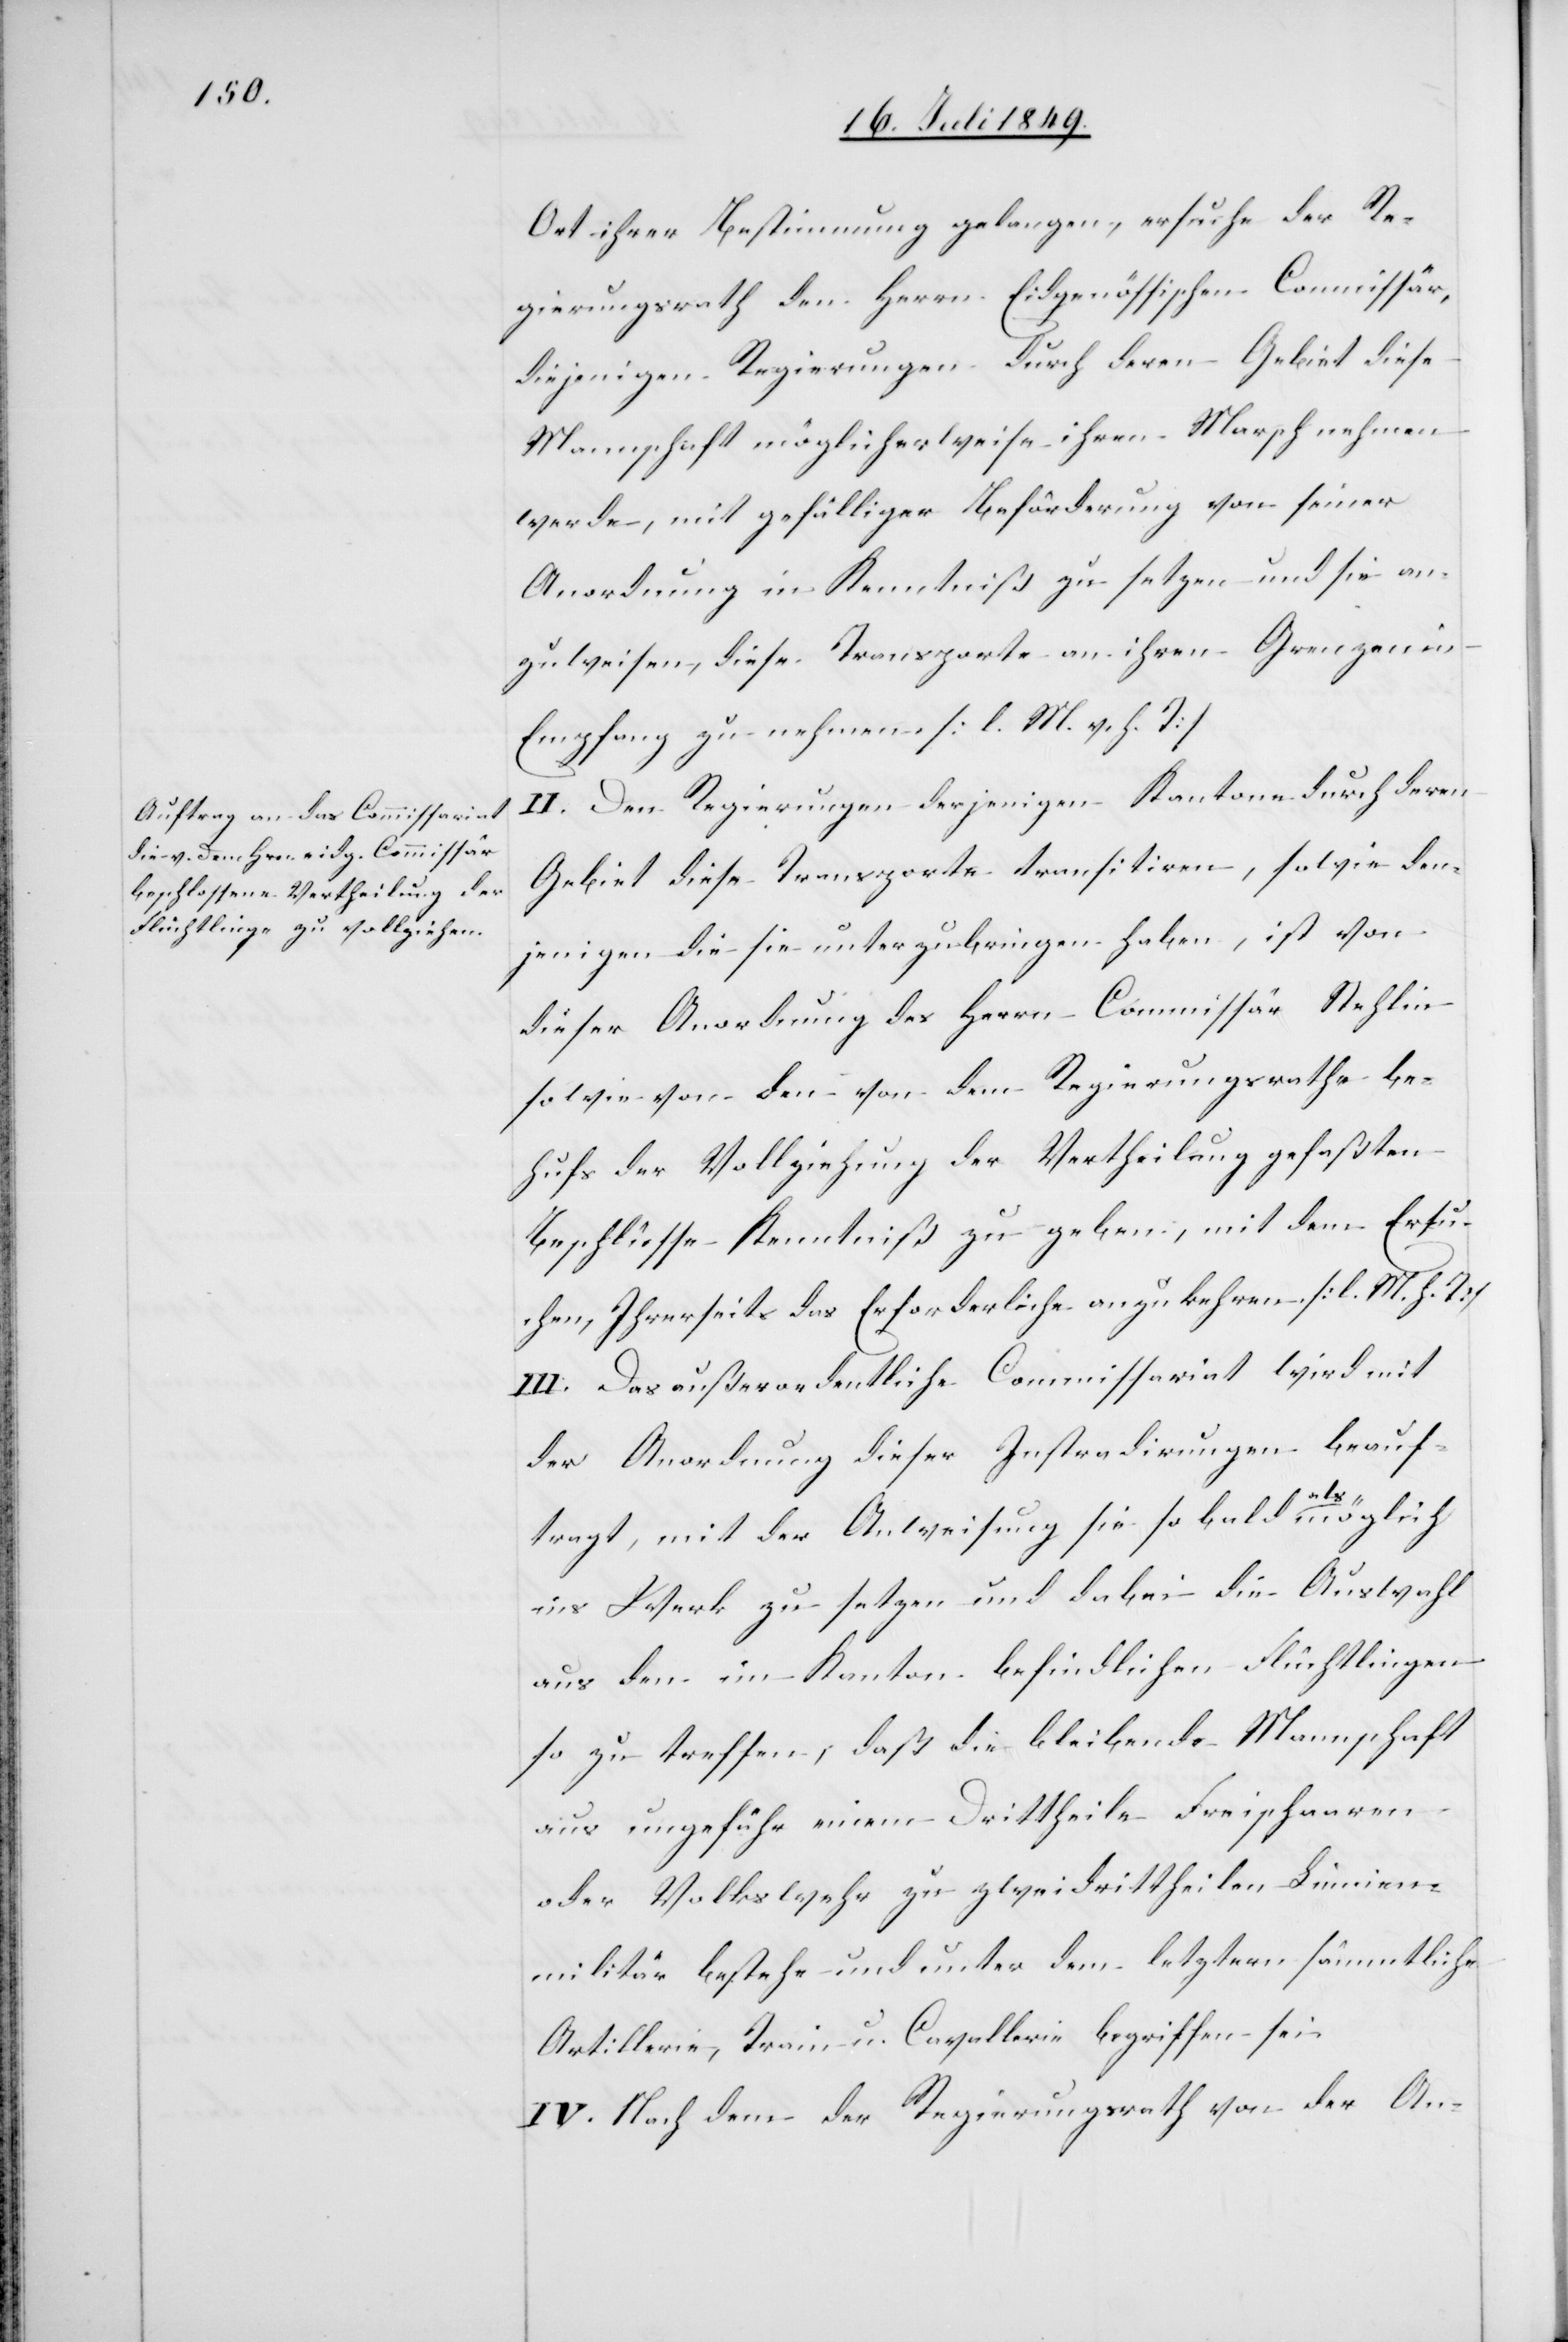
Ort ihrer Bestimmung gelangen, ersuche der Re¬
gierungsrath den Herrn Eidgenössischen Commissär,
diejenigen Regierungen durch deren Gebiet diese
Mannschaft möglicherweise ihren Marsch nehmen
werde, mit gefälliger Beförderung von seiner
Anordnung in Kenntniß zu setzen und sie an¬
zuweisen, diese Transporte an ihren Grenzen in
Empfang zu nehmen. [l. M. v. h. T]
II. Den Regierungen derjenigen Kantone durch deren
Gebiet diese Transporte transportiren, sowie den¬
jenigen die sie unterzubringen haben, ist von
dieser Anordnung des Herrn Commissär Stehlin
sowie von den von dem Regierungsrathe be¬
hufs der Vollziehung der Vertheilung gefaßten
Beschlüsse Kenntniß zu geben, mit dem Ersu¬
chen, Ihrerseits das Erforderliche anzukehren [l. M. h. T]
III. Das außerordentliche Commissariat wird mit
der Anordnung dieser Instradirungen beauf¬
tragt, mit der Anweisung sie so bald als möglich
ins Werk zu setzen und dabei die Auswahl
aus den im Kanton befindlichen Flüchtlingen
so zu treffen, daß die bleibende Mannschaft
aus ungefähr einem Dritttheile Freischaaren
oder Volkswehr zu zweidrittheilen Linien¬
militär bestehe und unter dem letztern sämmtliche
Artillerie, Train u. Cavallerie begriffen sei.
IV. Nach dem der Regierungsrath von der An-